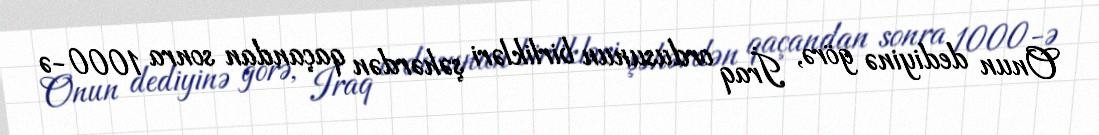
Onun dediyinə görə, İraq ordusunun birlikləri şəhərdən qaçandan sonra 1000-ə